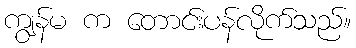
ကျွန်မ က တောင်းပန်လိုက်သည်။